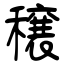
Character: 穣